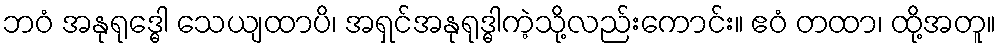
ဘဝံ အနုရုဒ္ဓေါ သေယျထာပိ၊ အရှင်အနုရုဒ္ဓါကဲ့သို့လည်းကောင်း။ ဧဝံ တထာ၊ ထို့အတူ။